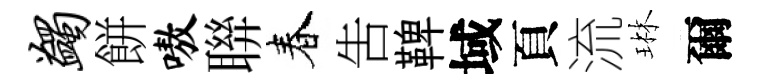
蠲餅嗷聨春吿鞞域頁流琳爾